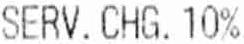
SERV.CHG. 10%